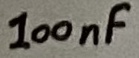
Text: 100nF